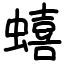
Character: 蟢